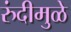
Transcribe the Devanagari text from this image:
रुंदीमुळे